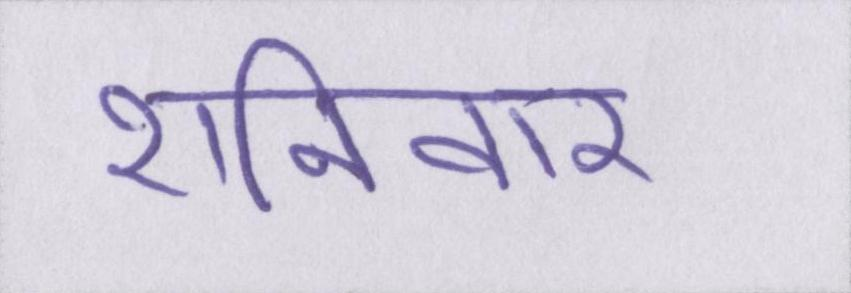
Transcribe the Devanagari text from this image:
शनिवार